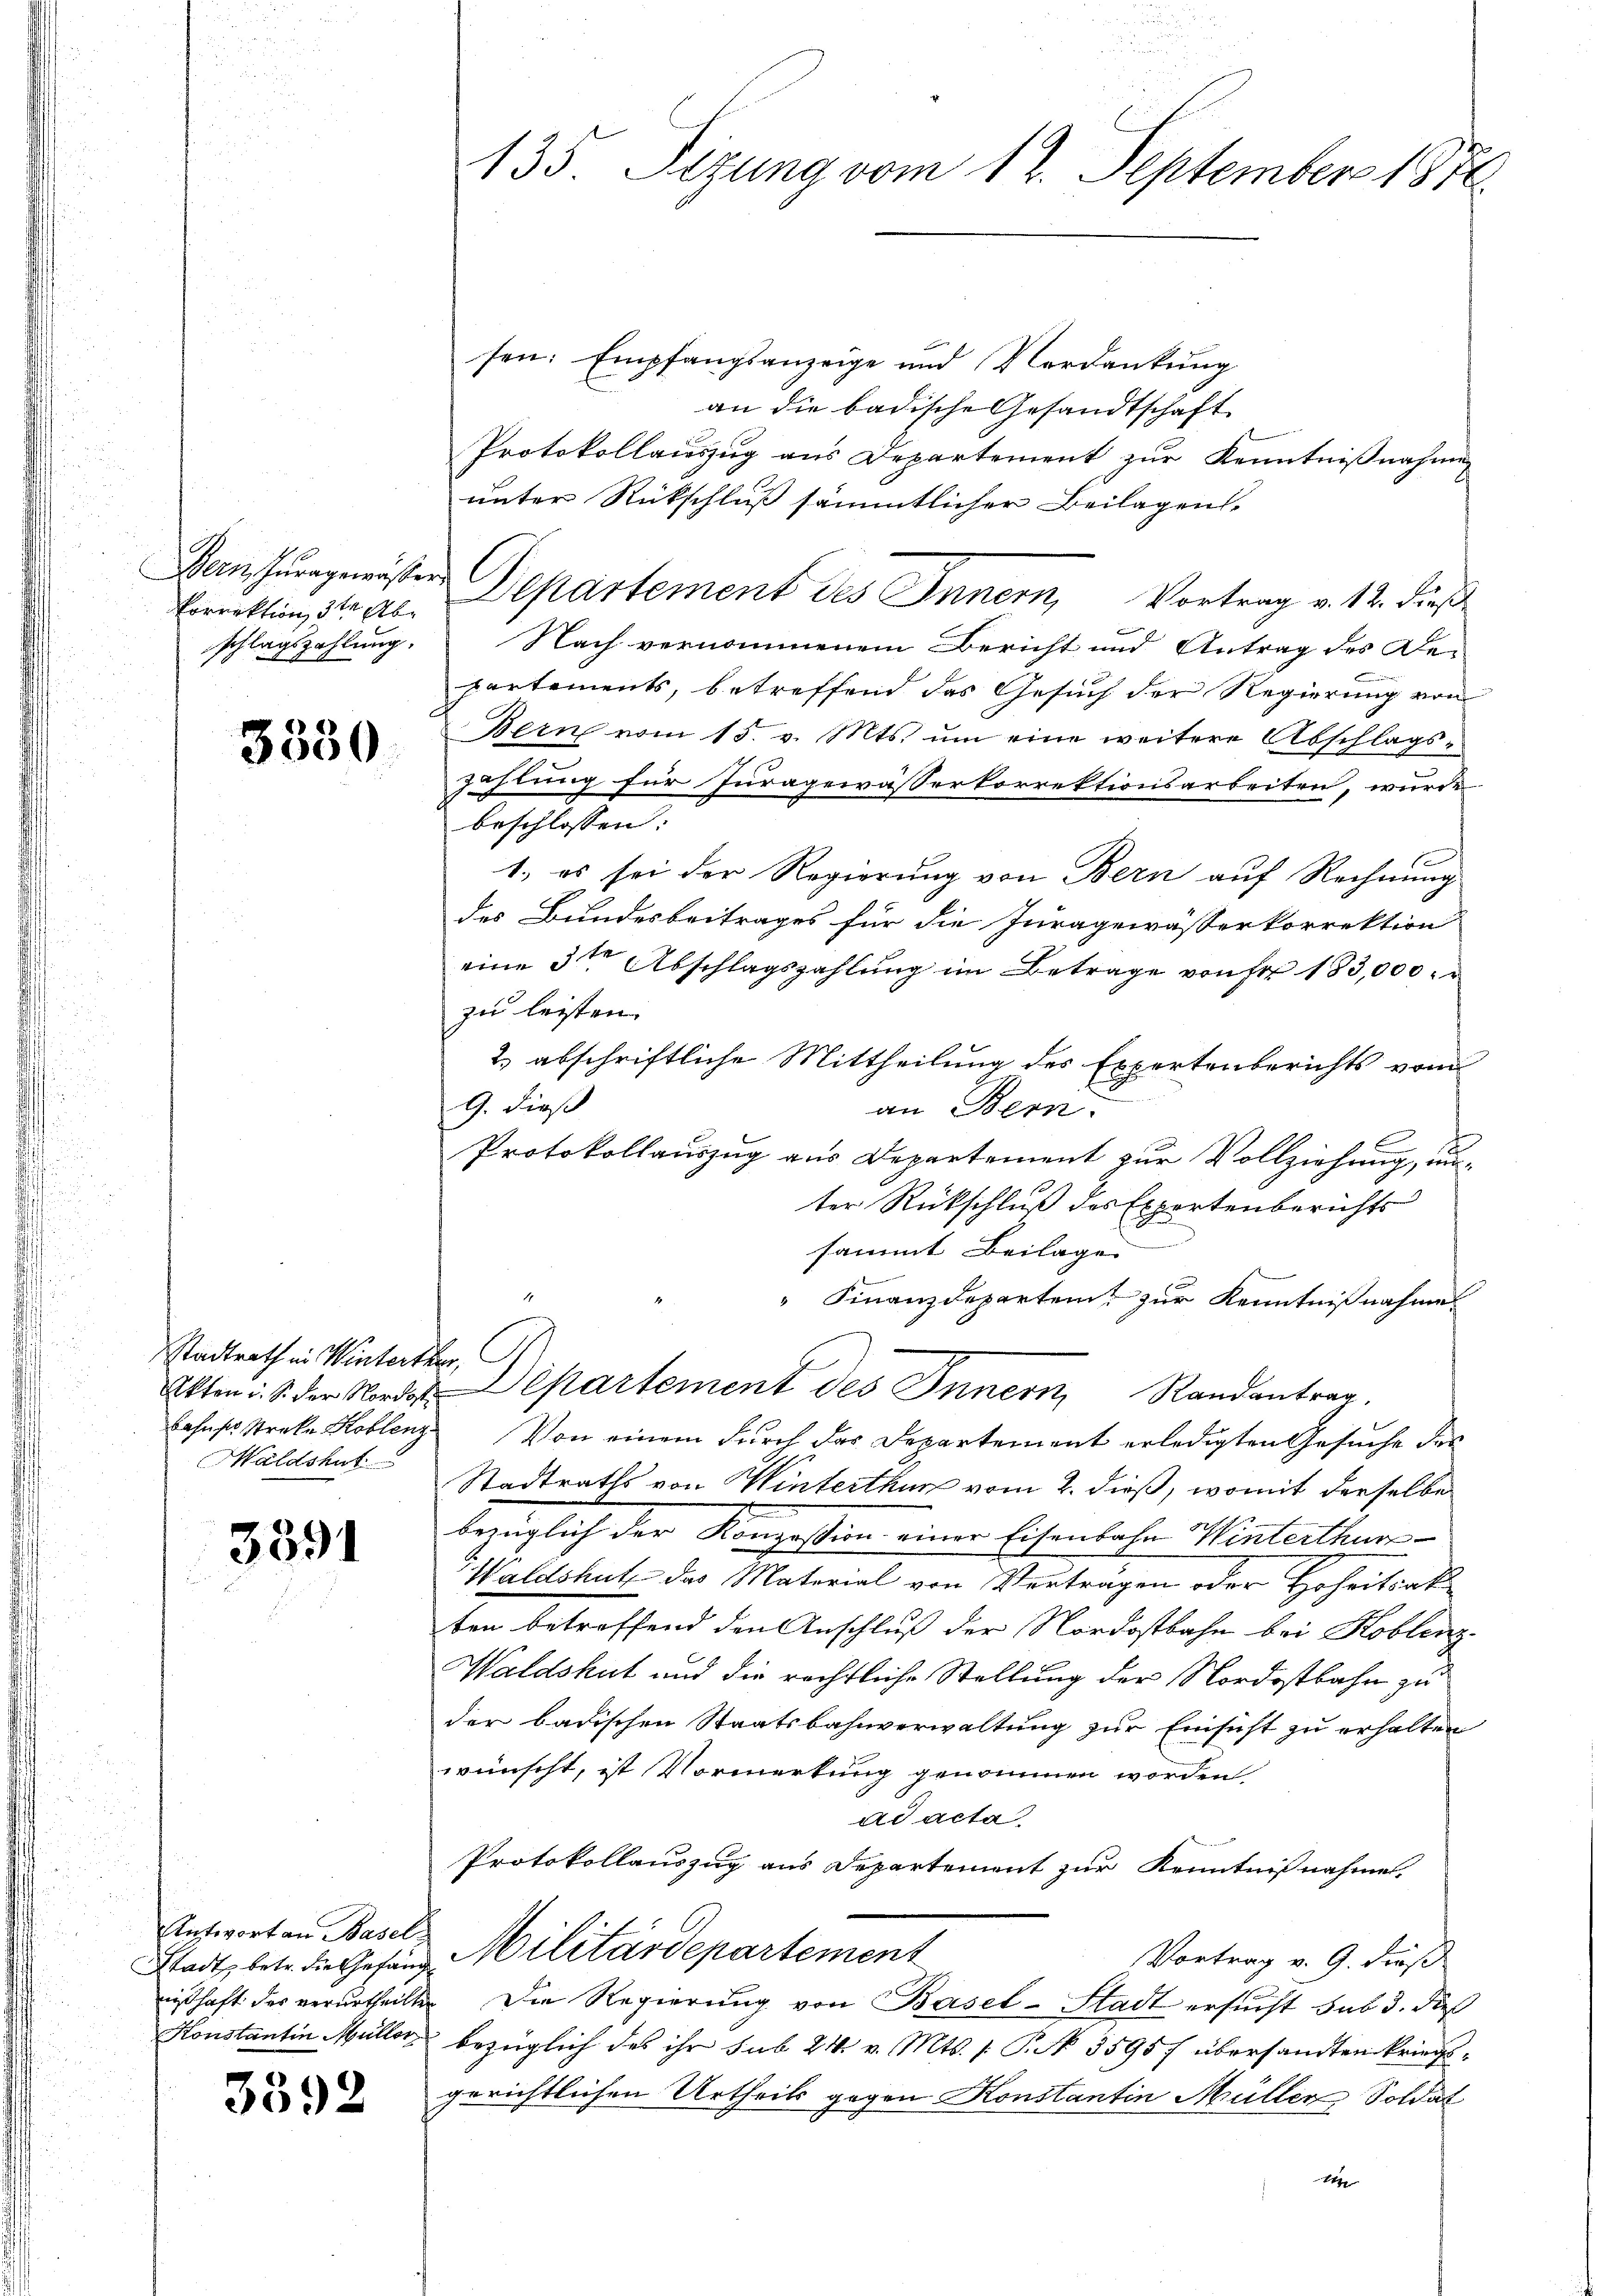
Vorrektion, 3te Abschlagszahlung.

3550

Stadtrath in Winterthur,
Maldshut

3391

Antwort an Basel
Stadt betr. die Gefang
nißhaft des verurtheilten

3392

d

135. Sizung vom 12. September 1876.

sen: Empfangsanzeige und Verdankung
an die badische Gesandtschaft
Protokollauszug aus Departement zur Kenntnißnahme
unter Rückschluß sämmtlicher Beilagens-
Den Juragmeister Departement des Innern, Vortrag v. 12. dieß
Nach vernommenem Bericht und Antrag des De-
partements, betreffend das Gesuch der Regierung von
Bern vom 15. v. Mts. um eine weitere Abschlags-
zahlung für Juragewässerkorrektionsarbeiten, wurde
beschlossen:
1., es sei der Regierung von Bern auf Rechnung
des Bundesbeitrages für die Juragewässerkorrektion
eine 3te Abschlagszahlung im Betrage von der 183,000
zu leisten.
2.) abschriftliche Mittheilung des Expertenberichts vom
9. dieß
an Bern.
Protokollauszug aus Departement zur Vollziehung, um
ter Rückschluß des Expertenberichts
sammt Beilage
 Finanzdeparten, zur Kenntnißnahme
Akten i. S. der Nordar Departement des Innern, Randantrag.
behufs streke Koblenz Von einem durch das Departement erledigten Gesuche des
Stadtraths von Winterthur vom 2. dieß, womit derselbe
bezüglich der Konzession einer Eisenbahn Winterthur
Waldshut, das Material von Verträgen oder Hoheitsak
ten betreffend den Anschluß der Nordostbahn bei Koblenz
Waldshut und die rechtliche Stellung der Nordostbahn zu
der badischen Staatsbahnverwaltung zur Einsicht zu erhalten
wünscht, ist Vormerkung genommen worden.
ad acta
Protokollauszug aus Departement zur Kenntnißnahme.
Militärdepartement
Vortrag v. 9. dieß
Die Regierung von Basel-Stadt ersucht sub 3. dieß
Konstantin Müller bezüglich des ihr sub 24 v. Mts. s. S. 5595 f übersandten kriegsgerichtlichen Urtheils gegen Konstantin Müller Soldat

14